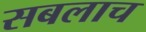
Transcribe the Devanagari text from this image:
सबलाच